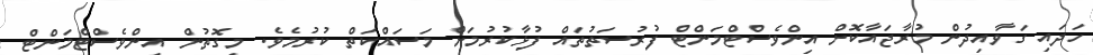
ހަދައި ގަވާއިދުން މުރާޖައާކޮށް އިންވެސްޓްމަންޓް ފުރުސަތުތައް ފުޅާކުރުމަށް މަސައްކަތް ކުރުމެވެ. މިގޮތުން އިންވެސްޓްމަންޓް